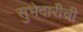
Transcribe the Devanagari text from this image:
सुभेदारीची